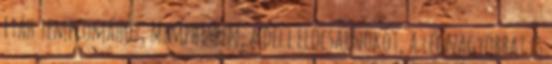
Ftáh templomához, Memphisben, a déli előcsarnokot, a legnagyobbat és